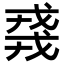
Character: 𫻸